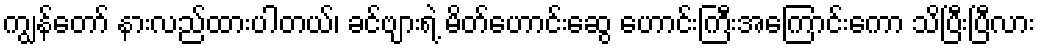
ကျွန်တော် နားလည်ထားပါတယ်၊ ခင်ဗျားရဲ့ မိတ်ဟောင်းဆွေ ဟောင်းကြီးအကြောင်းကော သိပြီးပြီလား